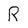
Character: R